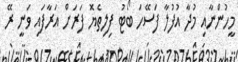
މީހުންނާއި މުދާ އުފުލާ ފަސޭހަ ބޯޓު ފިލިތެޔޮ ފަރަށް އަރާފައި ވަނީ ރޭ